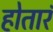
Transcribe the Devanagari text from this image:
होतारं